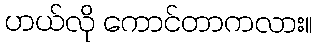
ဟယ်လို ကောင်တာကလား။